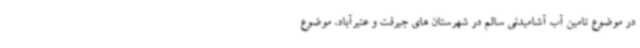
در موضوع تامین آب آشامیدنی سالم در شهرستان های جیرفت و عنبرآباد، موضوع